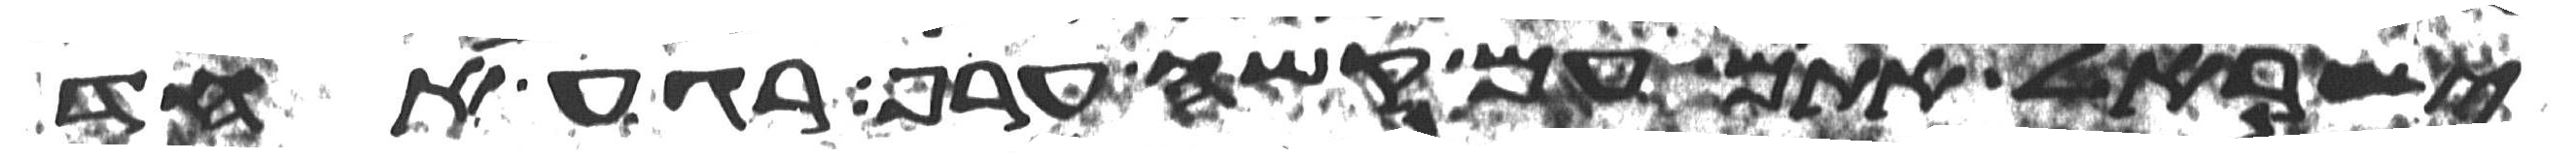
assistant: ישראל אתם עם קשה ערף רגע אחד